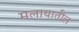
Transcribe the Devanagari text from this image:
मलायातील